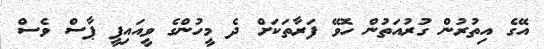
އޭގެ އިތުރުން ގުރުއަތުން ހޮވޭ ފަރާތަކަށް ދެ މީހުންގެ ވީއައިޕީ ޕާސް ވެސް